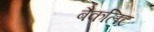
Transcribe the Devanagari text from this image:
बैकलिट